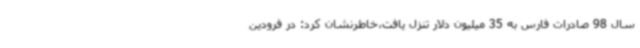
سال 98 صادرات فارس به 35 میلیون دلار تنزل یافت،خاطرنشان کرد: در فرودین